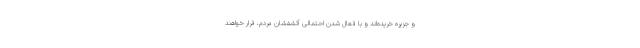
و جزیره خریده‌اند و با فعال شدن احتمالی آتشفشان مردم، فرار خواهند